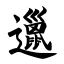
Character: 邋